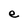
Character: e